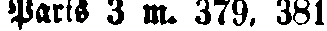
Paris 3 m. 379. 381